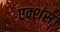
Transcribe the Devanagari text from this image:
एक्शंस